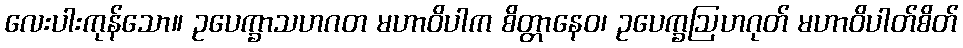
လေးပါးကုန်သော။ ဥပေက္ခာသဟဂတ မဟာဝိပါက စိတ္တာနေဝ၊ ဥပေက္ခဩဟဂုတ် မဟာဝိပါတ်စိတ်